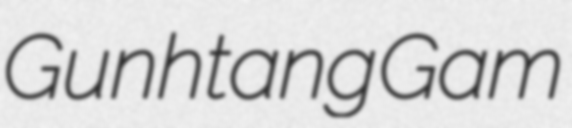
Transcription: Gunhtang Gam